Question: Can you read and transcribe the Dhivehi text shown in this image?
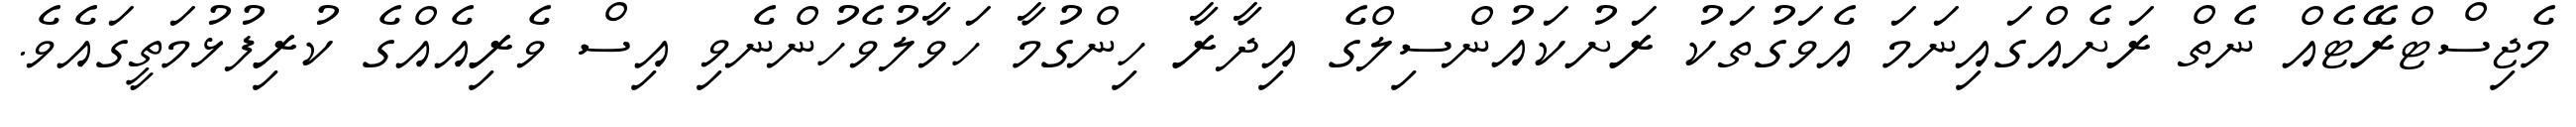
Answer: މެޖިސްޓްރޭޓެއް ނެތް ރަށެއްގައިނަމަ އެވަގުތަކު ރަށުކައުންސިލްގެ އިދާރާ ހިންގުމާ ހަވާލުވެހުންނެވި އިސް ވެރިއެއްގެ ކުރިފުޅުމަތީގައެވެ.